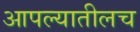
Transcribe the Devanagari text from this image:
आपल्यातीलच